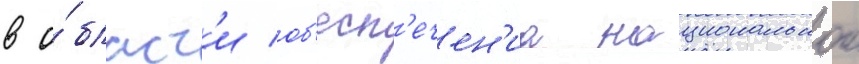
в о́бласт'и об'есп'ечен'иа национальнои